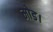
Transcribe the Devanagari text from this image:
मोड।